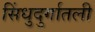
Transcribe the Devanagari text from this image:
सिंधुदुर्गातली